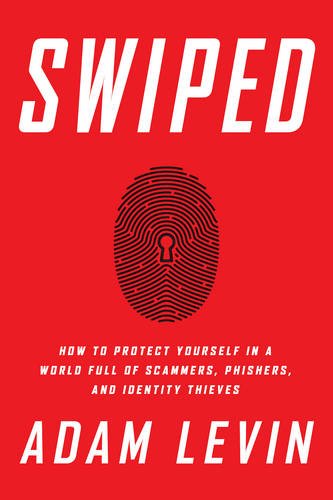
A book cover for Swiped: How to Protect Yourself in a World Full of Scammers, Phishers, and Identity Thieves; Adam Levin; Computers & Technology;